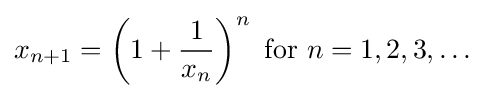
x_{n+1}=\left(1+{\frac {1}{x_{n}}}\right)^{n}{\text{ for }}n=1,2,3,\ldots